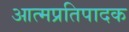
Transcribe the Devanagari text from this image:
आत्मप्रतिपादक